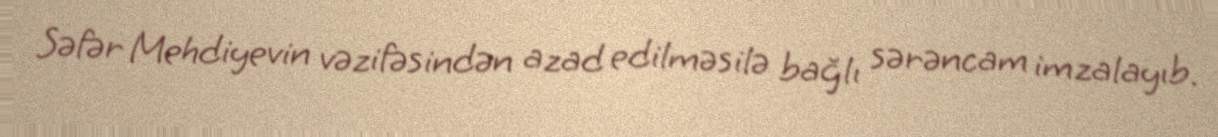
Səfər Mehdiyevin vəzifəsindən azad edilməsilə bağlı sərəncam imzalayıb.